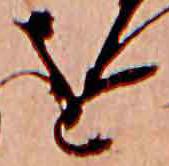
を